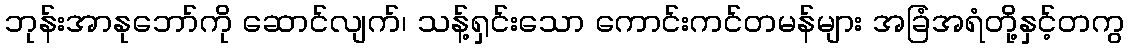
ဘုန်းအာနုဘော်ကို ဆောင်လျက်၊ သန့်ရှင်းသော ကောင်းကင်တမန်များ အခြံအရံတို့နှင့်တကွ